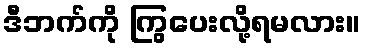
ဒီဘက်ကို ကြွပေးလို့ရမလား။